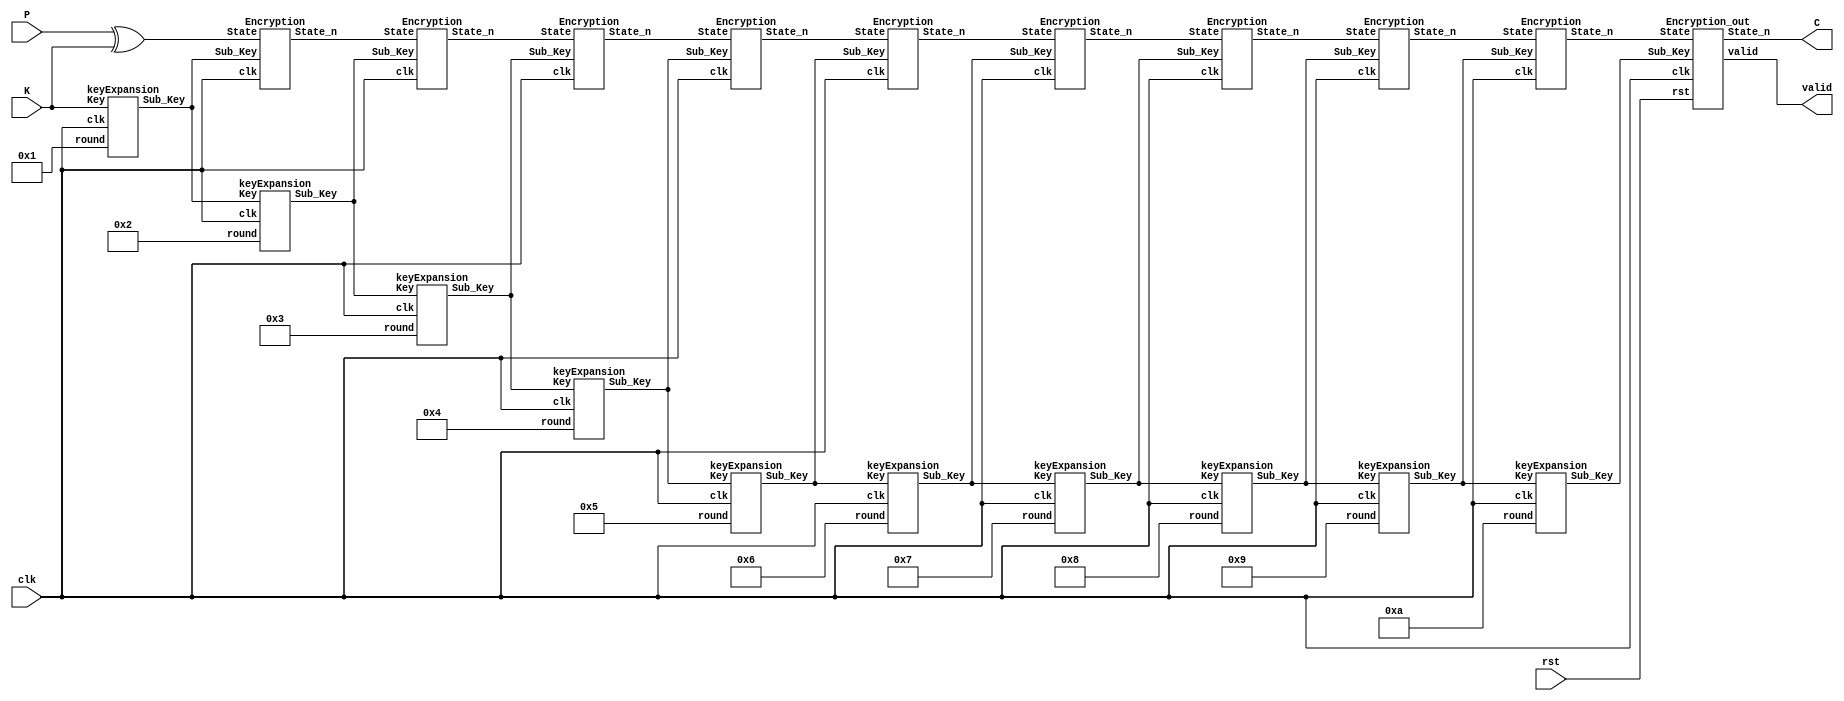
// 
// Designer: M16121093
//
module AES(
    input clk,
    input rst,
    input [127:0] P,
    input [127:0] K,
    output [127:0] C,
    output valid
    );

// ------------------------
// Parameters
// ------------------------

wire [127:0] Sub_Key [9:0];
wire [127:0] State [8:0];

// ------------------------
// calculation 
// ------------------------

keyExpansion K1(.clk(clk), .Key(K), .round(4'd1), .Sub_Key(Sub_Key[0]));
keyExpansion K2(.clk(clk), .Key(Sub_Key[0]), .round(4'd2), .Sub_Key(Sub_Key[1]));
keyExpansion K3(.clk(clk), .Key(Sub_Key[1]), .round(4'd3), .Sub_Key(Sub_Key[2]));
keyExpansion K4(.clk(clk), .Key(Sub_Key[2]), .round(4'd4), .Sub_Key(Sub_Key[3]));
keyExpansion K5(.clk(clk), .Key(Sub_Key[3]), .round(4'd5), .Sub_Key(Sub_Key[4]));
keyExpansion K6(.clk(clk), .Key(Sub_Key[4]), .round(4'd6), .Sub_Key(Sub_Key[5]));
keyExpansion K7(.clk(clk), .Key(Sub_Key[5]), .round(4'd7), .Sub_Key(Sub_Key[6]));
keyExpansion K8(.clk(clk), .Key(Sub_Key[6]), .round(4'd8), .Sub_Key(Sub_Key[7]));
keyExpansion K9(.clk(clk), .Key(Sub_Key[7]), .round(4'd9), .Sub_Key(Sub_Key[8]));
keyExpansion K10(.clk(clk), .Key(Sub_Key[8]), .round(4'd10), .Sub_Key(Sub_Key[9]));

Encryption E1(.clk(clk), .State(P^K), .Sub_Key(Sub_Key[0]), .State_n(State[0]));
Encryption E2(.clk(clk), .State(State[0]), .Sub_Key(Sub_Key[1]), .State_n(State[1]));
Encryption E3(.clk(clk), .State(State[1]), .Sub_Key(Sub_Key[2]), .State_n(State[2]));
Encryption E4(.clk(clk), .State(State[2]), .Sub_Key(Sub_Key[3]), .State_n(State[3]));
Encryption E5(.clk(clk), .State(State[3]), .Sub_Key(Sub_Key[4]), .State_n(State[4]));
Encryption E6(.clk(clk), .State(State[4]), .Sub_Key(Sub_Key[5]), .State_n(State[5]));
Encryption E7(.clk(clk), .State(State[5]), .Sub_Key(Sub_Key[6]), .State_n(State[6]));
Encryption E8(.clk(clk), .State(State[6]), .Sub_Key(Sub_Key[7]), .State_n(State[7]));
Encryption E9(.clk(clk), .State(State[7]), .Sub_Key(Sub_Key[8]), .State_n(State[8]));
Encryption_out E10(.clk(clk), .rst(rst), .State(State[8]), .Sub_Key(Sub_Key[9]), .State_n(C), .valid(valid));

endmodule

// ------------------------
// module
// ------------------------

module keyExpansion(
input clk,
input [127:0] Key,
input [3:0] round,
output reg [127:0] Sub_Key
);

// ------------------------
// Parameters
// ------------------------

//* 1. for loop int
integer i;

//* 2. storage
reg [31:0] W [0:7];
reg [0:31] rot;
reg [127:0] Key_q;

// ------------------------
// task or function
// ------------------------

function [7:0] sbox;
input [7:0] in;
begin
    case (in)
    8'h00: sbox=8'h63;
    8'h01: sbox=8'h7c;
    8'h02: sbox=8'h77;
    8'h03: sbox=8'h7b;
    8'h04: sbox=8'hf2;
    8'h05: sbox=8'h6b;
    8'h06: sbox=8'h6f;
    8'h07: sbox=8'hc5;
    8'h08: sbox=8'h30;
    8'h09: sbox=8'h01;
    8'h0a: sbox=8'h67;
    8'h0b: sbox=8'h2b;
    8'h0c: sbox=8'hfe;
    8'h0d: sbox=8'hd7;
    8'h0e: sbox=8'hab;
    8'h0f: sbox=8'h76;
    8'h10: sbox=8'hca;
    8'h11: sbox=8'h82;
    8'h12: sbox=8'hc9;
    8'h13: sbox=8'h7d;
    8'h14: sbox=8'hfa;
    8'h15: sbox=8'h59;
    8'h16: sbox=8'h47;
    8'h17: sbox=8'hf0;
    8'h18: sbox=8'had;
    8'h19: sbox=8'hd4;
    8'h1a: sbox=8'ha2;
    8'h1b: sbox=8'haf;
    8'h1c: sbox=8'h9c;
    8'h1d: sbox=8'ha4;
    8'h1e: sbox=8'h72;
    8'h1f: sbox=8'hc0;
    8'h20: sbox=8'hb7;
    8'h21: sbox=8'hfd;
    8'h22: sbox=8'h93;
    8'h23: sbox=8'h26;
    8'h24: sbox=8'h36;
    8'h25: sbox=8'h3f;
    8'h26: sbox=8'hf7;
    8'h27: sbox=8'hcc;
    8'h28: sbox=8'h34;
    8'h29: sbox=8'ha5;
    8'h2a: sbox=8'he5;
    8'h2b: sbox=8'hf1;
    8'h2c: sbox=8'h71;
    8'h2d: sbox=8'hd8;
    8'h2e: sbox=8'h31;
    8'h2f: sbox=8'h15;
    8'h30: sbox=8'h04;
    8'h31: sbox=8'hc7;
    8'h32: sbox=8'h23;
    8'h33: sbox=8'hc3;
    8'h34: sbox=8'h18;
    8'h35: sbox=8'h96;
    8'h36: sbox=8'h05;
    8'h37: sbox=8'h9a;
    8'h38: sbox=8'h07;
    8'h39: sbox=8'h12;
    8'h3a: sbox=8'h80;
    8'h3b: sbox=8'he2;
    8'h3c: sbox=8'heb;
    8'h3d: sbox=8'h27;
    8'h3e: sbox=8'hb2;
    8'h3f: sbox=8'h75;
    8'h40: sbox=8'h09;
    8'h41: sbox=8'h83;
    8'h42: sbox=8'h2c;
    8'h43: sbox=8'h1a;
    8'h44: sbox=8'h1b;
    8'h45: sbox=8'h6e;
    8'h46: sbox=8'h5a;
    8'h47: sbox=8'ha0;
    8'h48: sbox=8'h52;
    8'h49: sbox=8'h3b;
    8'h4a: sbox=8'hd6;
    8'h4b: sbox=8'hb3;
    8'h4c: sbox=8'h29;
    8'h4d: sbox=8'he3;
    8'h4e: sbox=8'h2f;
    8'h4f: sbox=8'h84;
    8'h50: sbox=8'h53;
    8'h51: sbox=8'hd1;
    8'h52: sbox=8'h00;
    8'h53: sbox=8'hed;
    8'h54: sbox=8'h20;
    8'h55: sbox=8'hfc;
    8'h56: sbox=8'hb1;
    8'h57: sbox=8'h5b;
    8'h58: sbox=8'h6a;
    8'h59: sbox=8'hcb;
    8'h5a: sbox=8'hbe;
    8'h5b: sbox=8'h39;
    8'h5c: sbox=8'h4a;
    8'h5d: sbox=8'h4c;
    8'h5e: sbox=8'h58;
    8'h5f: sbox=8'hcf;
    8'h60: sbox=8'hd0;
    8'h61: sbox=8'hef;
    8'h62: sbox=8'haa;
    8'h63: sbox=8'hfb;
    8'h64: sbox=8'h43;
    8'h65: sbox=8'h4d;
    8'h66: sbox=8'h33;
    8'h67: sbox=8'h85;
    8'h68: sbox=8'h45;
    8'h69: sbox=8'hf9;
    8'h6a: sbox=8'h02;
    8'h6b: sbox=8'h7f;
    8'h6c: sbox=8'h50;
    8'h6d: sbox=8'h3c;
    8'h6e: sbox=8'h9f;
    8'h6f: sbox=8'ha8;
    8'h70: sbox=8'h51;
    8'h71: sbox=8'ha3;
    8'h72: sbox=8'h40;
    8'h73: sbox=8'h8f;
    8'h74: sbox=8'h92;
    8'h75: sbox=8'h9d;
    8'h76: sbox=8'h38;
    8'h77: sbox=8'hf5;
    8'h78: sbox=8'hbc;
    8'h79: sbox=8'hb6;
    8'h7a: sbox=8'hda;
    8'h7b: sbox=8'h21;
    8'h7c: sbox=8'h10;
    8'h7d: sbox=8'hff;
    8'h7e: sbox=8'hf3;
    8'h7f: sbox=8'hd2;
    8'h80: sbox=8'hcd;
    8'h81: sbox=8'h0c;
    8'h82: sbox=8'h13;
    8'h83: sbox=8'hec;
    8'h84: sbox=8'h5f;
    8'h85: sbox=8'h97;
    8'h86: sbox=8'h44;
    8'h87: sbox=8'h17;
    8'h88: sbox=8'hc4;
    8'h89: sbox=8'ha7;
    8'h8a: sbox=8'h7e;
    8'h8b: sbox=8'h3d;
    8'h8c: sbox=8'h64;
    8'h8d: sbox=8'h5d;
    8'h8e: sbox=8'h19;
    8'h8f: sbox=8'h73;
    8'h90: sbox=8'h60;
    8'h91: sbox=8'h81;
    8'h92: sbox=8'h4f;
    8'h93: sbox=8'hdc;
    8'h94: sbox=8'h22;
    8'h95: sbox=8'h2a;
    8'h96: sbox=8'h90;
    8'h97: sbox=8'h88;
    8'h98: sbox=8'h46;
    8'h99: sbox=8'hee;
    8'h9a: sbox=8'hb8;
    8'h9b: sbox=8'h14;
    8'h9c: sbox=8'hde;
    8'h9d: sbox=8'h5e;
    8'h9e: sbox=8'h0b;
    8'h9f: sbox=8'hdb;
    8'ha0: sbox=8'he0;
    8'ha1: sbox=8'h32;
    8'ha2: sbox=8'h3a;
    8'ha3: sbox=8'h0a;
    8'ha4: sbox=8'h49;
    8'ha5: sbox=8'h06;
    8'ha6: sbox=8'h24;
    8'ha7: sbox=8'h5c;
    8'ha8: sbox=8'hc2;
    8'ha9: sbox=8'hd3;
    8'haa: sbox=8'hac;
    8'hab: sbox=8'h62;
    8'hac: sbox=8'h91;
    8'had: sbox=8'h95;
    8'hae: sbox=8'he4;
    8'haf: sbox=8'h79;
    8'hb0: sbox=8'he7;
    8'hb1: sbox=8'hc8;
    8'hb2: sbox=8'h37;
    8'hb3: sbox=8'h6d;
    8'hb4: sbox=8'h8d;
    8'hb5: sbox=8'hd5;
    8'hb6: sbox=8'h4e;
    8'hb7: sbox=8'ha9;
    8'hb8: sbox=8'h6c;
    8'hb9: sbox=8'h56;
    8'hba: sbox=8'hf4;
    8'hbb: sbox=8'hea;
    8'hbc: sbox=8'h65;
    8'hbd: sbox=8'h7a;
    8'hbe: sbox=8'hae;
    8'hbf: sbox=8'h08;
    8'hc0: sbox=8'hba;
    8'hc1: sbox=8'h78;
    8'hc2: sbox=8'h25;
    8'hc3: sbox=8'h2e;
    8'hc4: sbox=8'h1c;
    8'hc5: sbox=8'ha6;
    8'hc6: sbox=8'hb4;
    8'hc7: sbox=8'hc6;
    8'hc8: sbox=8'he8;
    8'hc9: sbox=8'hdd;
    8'hca: sbox=8'h74;
    8'hcb: sbox=8'h1f;
    8'hcc: sbox=8'h4b;
    8'hcd: sbox=8'hbd;
    8'hce: sbox=8'h8b;
    8'hcf: sbox=8'h8a;
    8'hd0: sbox=8'h70;
    8'hd1: sbox=8'h3e;
    8'hd2: sbox=8'hb5;
    8'hd3: sbox=8'h66;
    8'hd4: sbox=8'h48;
    8'hd5: sbox=8'h03;
    8'hd6: sbox=8'hf6;
    8'hd7: sbox=8'h0e;
    8'hd8: sbox=8'h61;
    8'hd9: sbox=8'h35;
    8'hda: sbox=8'h57;
    8'hdb: sbox=8'hb9;
    8'hdc: sbox=8'h86;
    8'hdd: sbox=8'hc1;
    8'hde: sbox=8'h1d;
    8'hdf: sbox=8'h9e;
    8'he0: sbox=8'he1;
    8'he1: sbox=8'hf8;
    8'he2: sbox=8'h98;
    8'he3: sbox=8'h11;
    8'he4: sbox=8'h69;
    8'he5: sbox=8'hd9;
    8'he6: sbox=8'h8e;
    8'he7: sbox=8'h94;
    8'he8: sbox=8'h9b;
    8'he9: sbox=8'h1e;
    8'hea: sbox=8'h87;
    8'heb: sbox=8'he9;
    8'hec: sbox=8'hce;
    8'hed: sbox=8'h55;
    8'hee: sbox=8'h28;
    8'hef: sbox=8'hdf;
    8'hf0: sbox=8'h8c;
    8'hf1: sbox=8'ha1;
    8'hf2: sbox=8'h89;
    8'hf3: sbox=8'h0d;
    8'hf4: sbox=8'hbf;
    8'hf5: sbox=8'he6;
    8'hf6: sbox=8'h42;
    8'hf7: sbox=8'h68;
    8'hf8: sbox=8'h41;
    8'hf9: sbox=8'h99;
    8'hfa: sbox=8'h2d;
    8'hfb: sbox=8'h0f;
    8'hfc: sbox=8'hb0;
    8'hfd: sbox=8'h54;
    8'hfe: sbox=8'hbb;
    8'hff: sbox=8'h16;
    endcase
end
endfunction

function [0:31] RotWord;
input [0:31] x;
begin
	RotWord={x[8:31],x[0:7]};
end
endfunction

function [0:31] SubWord;
input [0:31] x;
begin
    SubWord[0:7]=sbox(x[0:7]);
    SubWord[8:15]=sbox(x[8:15]);
    SubWord[16:23]=sbox(x[16:23]);
    SubWord[24:31]=sbox(x[24:31]);
end
endfunction

function[0:31] xor_Rcon;
input [0:31] x; 
begin
    case(x)
    4'h1: xor_Rcon=32'h01000000;
    4'h2: xor_Rcon=32'h02000000;
    4'h3: xor_Rcon=32'h04000000;
    4'h4: xor_Rcon=32'h08000000;
    4'h5: xor_Rcon=32'h10000000;
    4'h6: xor_Rcon=32'h20000000;
    4'h7: xor_Rcon=32'h40000000;
    4'h8: xor_Rcon=32'h80000000;
    4'h9: xor_Rcon=32'h1b000000;
    4'ha: xor_Rcon=32'h36000000;
    default: xor_Rcon=32'h00000000;
    endcase
end
endfunction

// ------------------------
// calculation 
// ------------------------

always @(negedge clk) begin
    Key_q <= Key;
end

always @(*) begin
    //* keyExpansion
    {W[0], W[1], W[2], W[3]} = Key_q;
    for(i=0;i<4;i=i+1) begin
        if (i == 0) begin
            rot = RotWord(W[3]);
            rot = SubWord(rot);
            W[4] = W[0] ^ rot ^ xor_Rcon(round);
        end
        else begin
            W[4+i] = W[i] ^ W[i+3]; // 1 | 4
        end
    end
    Sub_Key = {W[4], W[5], W[6], W[7]};
end

endmodule

// ------------------------

module Encryption( //* round 1-9
input clk,
input [127:0] State,
input [127:0] Sub_Key,
output reg [127:0] State_n
);

// ------------------------
// Parameters
// ------------------------

//* 1. for loop int
integer i;

//* 2. storage
/// Round
reg [127:0] after_SubBytes;
reg [127:0] after_ShiftRows;
reg [127:0] after_MixColumns;
reg [127:0] after_AddRoundKey;

reg [127:0] State_q;
reg [127:0] Sub_Key_q;

// ------------------------
// task or function
// ------------------------

function [7:0] sbox;
input [7:0] in;
begin
    case (in)
    8'h00: sbox=8'h63;
    8'h01: sbox=8'h7c;
    8'h02: sbox=8'h77;
    8'h03: sbox=8'h7b;
    8'h04: sbox=8'hf2;
    8'h05: sbox=8'h6b;
    8'h06: sbox=8'h6f;
    8'h07: sbox=8'hc5;
    8'h08: sbox=8'h30;
    8'h09: sbox=8'h01;
    8'h0a: sbox=8'h67;
    8'h0b: sbox=8'h2b;
    8'h0c: sbox=8'hfe;
    8'h0d: sbox=8'hd7;
    8'h0e: sbox=8'hab;
    8'h0f: sbox=8'h76;
    8'h10: sbox=8'hca;
    8'h11: sbox=8'h82;
    8'h12: sbox=8'hc9;
    8'h13: sbox=8'h7d;
    8'h14: sbox=8'hfa;
    8'h15: sbox=8'h59;
    8'h16: sbox=8'h47;
    8'h17: sbox=8'hf0;
    8'h18: sbox=8'had;
    8'h19: sbox=8'hd4;
    8'h1a: sbox=8'ha2;
    8'h1b: sbox=8'haf;
    8'h1c: sbox=8'h9c;
    8'h1d: sbox=8'ha4;
    8'h1e: sbox=8'h72;
    8'h1f: sbox=8'hc0;
    8'h20: sbox=8'hb7;
    8'h21: sbox=8'hfd;
    8'h22: sbox=8'h93;
    8'h23: sbox=8'h26;
    8'h24: sbox=8'h36;
    8'h25: sbox=8'h3f;
    8'h26: sbox=8'hf7;
    8'h27: sbox=8'hcc;
    8'h28: sbox=8'h34;
    8'h29: sbox=8'ha5;
    8'h2a: sbox=8'he5;
    8'h2b: sbox=8'hf1;
    8'h2c: sbox=8'h71;
    8'h2d: sbox=8'hd8;
    8'h2e: sbox=8'h31;
    8'h2f: sbox=8'h15;
    8'h30: sbox=8'h04;
    8'h31: sbox=8'hc7;
    8'h32: sbox=8'h23;
    8'h33: sbox=8'hc3;
    8'h34: sbox=8'h18;
    8'h35: sbox=8'h96;
    8'h36: sbox=8'h05;
    8'h37: sbox=8'h9a;
    8'h38: sbox=8'h07;
    8'h39: sbox=8'h12;
    8'h3a: sbox=8'h80;
    8'h3b: sbox=8'he2;
    8'h3c: sbox=8'heb;
    8'h3d: sbox=8'h27;
    8'h3e: sbox=8'hb2;
    8'h3f: sbox=8'h75;
    8'h40: sbox=8'h09;
    8'h41: sbox=8'h83;
    8'h42: sbox=8'h2c;
    8'h43: sbox=8'h1a;
    8'h44: sbox=8'h1b;
    8'h45: sbox=8'h6e;
    8'h46: sbox=8'h5a;
    8'h47: sbox=8'ha0;
    8'h48: sbox=8'h52;
    8'h49: sbox=8'h3b;
    8'h4a: sbox=8'hd6;
    8'h4b: sbox=8'hb3;
    8'h4c: sbox=8'h29;
    8'h4d: sbox=8'he3;
    8'h4e: sbox=8'h2f;
    8'h4f: sbox=8'h84;
    8'h50: sbox=8'h53;
    8'h51: sbox=8'hd1;
    8'h52: sbox=8'h00;
    8'h53: sbox=8'hed;
    8'h54: sbox=8'h20;
    8'h55: sbox=8'hfc;
    8'h56: sbox=8'hb1;
    8'h57: sbox=8'h5b;
    8'h58: sbox=8'h6a;
    8'h59: sbox=8'hcb;
    8'h5a: sbox=8'hbe;
    8'h5b: sbox=8'h39;
    8'h5c: sbox=8'h4a;
    8'h5d: sbox=8'h4c;
    8'h5e: sbox=8'h58;
    8'h5f: sbox=8'hcf;
    8'h60: sbox=8'hd0;
    8'h61: sbox=8'hef;
    8'h62: sbox=8'haa;
    8'h63: sbox=8'hfb;
    8'h64: sbox=8'h43;
    8'h65: sbox=8'h4d;
    8'h66: sbox=8'h33;
    8'h67: sbox=8'h85;
    8'h68: sbox=8'h45;
    8'h69: sbox=8'hf9;
    8'h6a: sbox=8'h02;
    8'h6b: sbox=8'h7f;
    8'h6c: sbox=8'h50;
    8'h6d: sbox=8'h3c;
    8'h6e: sbox=8'h9f;
    8'h6f: sbox=8'ha8;
    8'h70: sbox=8'h51;
    8'h71: sbox=8'ha3;
    8'h72: sbox=8'h40;
    8'h73: sbox=8'h8f;
    8'h74: sbox=8'h92;
    8'h75: sbox=8'h9d;
    8'h76: sbox=8'h38;
    8'h77: sbox=8'hf5;
    8'h78: sbox=8'hbc;
    8'h79: sbox=8'hb6;
    8'h7a: sbox=8'hda;
    8'h7b: sbox=8'h21;
    8'h7c: sbox=8'h10;
    8'h7d: sbox=8'hff;
    8'h7e: sbox=8'hf3;
    8'h7f: sbox=8'hd2;
    8'h80: sbox=8'hcd;
    8'h81: sbox=8'h0c;
    8'h82: sbox=8'h13;
    8'h83: sbox=8'hec;
    8'h84: sbox=8'h5f;
    8'h85: sbox=8'h97;
    8'h86: sbox=8'h44;
    8'h87: sbox=8'h17;
    8'h88: sbox=8'hc4;
    8'h89: sbox=8'ha7;
    8'h8a: sbox=8'h7e;
    8'h8b: sbox=8'h3d;
    8'h8c: sbox=8'h64;
    8'h8d: sbox=8'h5d;
    8'h8e: sbox=8'h19;
    8'h8f: sbox=8'h73;
    8'h90: sbox=8'h60;
    8'h91: sbox=8'h81;
    8'h92: sbox=8'h4f;
    8'h93: sbox=8'hdc;
    8'h94: sbox=8'h22;
    8'h95: sbox=8'h2a;
    8'h96: sbox=8'h90;
    8'h97: sbox=8'h88;
    8'h98: sbox=8'h46;
    8'h99: sbox=8'hee;
    8'h9a: sbox=8'hb8;
    8'h9b: sbox=8'h14;
    8'h9c: sbox=8'hde;
    8'h9d: sbox=8'h5e;
    8'h9e: sbox=8'h0b;
    8'h9f: sbox=8'hdb;
    8'ha0: sbox=8'he0;
    8'ha1: sbox=8'h32;
    8'ha2: sbox=8'h3a;
    8'ha3: sbox=8'h0a;
    8'ha4: sbox=8'h49;
    8'ha5: sbox=8'h06;
    8'ha6: sbox=8'h24;
    8'ha7: sbox=8'h5c;
    8'ha8: sbox=8'hc2;
    8'ha9: sbox=8'hd3;
    8'haa: sbox=8'hac;
    8'hab: sbox=8'h62;
    8'hac: sbox=8'h91;
    8'had: sbox=8'h95;
    8'hae: sbox=8'he4;
    8'haf: sbox=8'h79;
    8'hb0: sbox=8'he7;
    8'hb1: sbox=8'hc8;
    8'hb2: sbox=8'h37;
    8'hb3: sbox=8'h6d;
    8'hb4: sbox=8'h8d;
    8'hb5: sbox=8'hd5;
    8'hb6: sbox=8'h4e;
    8'hb7: sbox=8'ha9;
    8'hb8: sbox=8'h6c;
    8'hb9: sbox=8'h56;
    8'hba: sbox=8'hf4;
    8'hbb: sbox=8'hea;
    8'hbc: sbox=8'h65;
    8'hbd: sbox=8'h7a;
    8'hbe: sbox=8'hae;
    8'hbf: sbox=8'h08;
    8'hc0: sbox=8'hba;
    8'hc1: sbox=8'h78;
    8'hc2: sbox=8'h25;
    8'hc3: sbox=8'h2e;
    8'hc4: sbox=8'h1c;
    8'hc5: sbox=8'ha6;
    8'hc6: sbox=8'hb4;
    8'hc7: sbox=8'hc6;
    8'hc8: sbox=8'he8;
    8'hc9: sbox=8'hdd;
    8'hca: sbox=8'h74;
    8'hcb: sbox=8'h1f;
    8'hcc: sbox=8'h4b;
    8'hcd: sbox=8'hbd;
    8'hce: sbox=8'h8b;
    8'hcf: sbox=8'h8a;
    8'hd0: sbox=8'h70;
    8'hd1: sbox=8'h3e;
    8'hd2: sbox=8'hb5;
    8'hd3: sbox=8'h66;
    8'hd4: sbox=8'h48;
    8'hd5: sbox=8'h03;
    8'hd6: sbox=8'hf6;
    8'hd7: sbox=8'h0e;
    8'hd8: sbox=8'h61;
    8'hd9: sbox=8'h35;
    8'hda: sbox=8'h57;
    8'hdb: sbox=8'hb9;
    8'hdc: sbox=8'h86;
    8'hdd: sbox=8'hc1;
    8'hde: sbox=8'h1d;
    8'hdf: sbox=8'h9e;
    8'he0: sbox=8'he1;
    8'he1: sbox=8'hf8;
    8'he2: sbox=8'h98;
    8'he3: sbox=8'h11;
    8'he4: sbox=8'h69;
    8'he5: sbox=8'hd9;
    8'he6: sbox=8'h8e;
    8'he7: sbox=8'h94;
    8'he8: sbox=8'h9b;
    8'he9: sbox=8'h1e;
    8'hea: sbox=8'h87;
    8'heb: sbox=8'he9;
    8'hec: sbox=8'hce;
    8'hed: sbox=8'h55;
    8'hee: sbox=8'h28;
    8'hef: sbox=8'hdf;
    8'hf0: sbox=8'h8c;
    8'hf1: sbox=8'ha1;
    8'hf2: sbox=8'h89;
    8'hf3: sbox=8'h0d;
    8'hf4: sbox=8'hbf;
    8'hf5: sbox=8'he6;
    8'hf6: sbox=8'h42;
    8'hf7: sbox=8'h68;
    8'hf8: sbox=8'h41;
    8'hf9: sbox=8'h99;
    8'hfa: sbox=8'h2d;
    8'hfb: sbox=8'h0f;
    8'hfc: sbox=8'hb0;
    8'hfd: sbox=8'h54;
    8'hfe: sbox=8'hbb;
    8'hff: sbox=8'h16;
    endcase
end
endfunction

function [7:0] x2; //* multiply by 2
input [7:0] x;
begin 
    //! multiplication by 2 is shifting on bit to the left, and if the original 8 bits had a 1 @ MSB, xor the result with {1b}
    if(x[7] == 1) x2 = ((x << 1) ^ 8'h1b);
    else x2 = x << 1;
end 	
endfunction

function [7:0] x3; //* multiply by 3
input [7:0] x;
begin
    x3 = x2(x) ^ x;
end 
endfunction

// ------------------------
// calculation 
// ------------------------

always @(posedge clk) begin
    State_q <= State;
    Sub_Key_q <= Sub_Key;
end

always @(*) begin
    //* SubBytes
    for(i=0;i<128;i=i+8) begin
        after_SubBytes[i +:8] = sbox(State_q[i +:8]);
    end

    //* shiftRows
    // row = 0 : left shifted 0 offset
    after_ShiftRows[120+:8] = after_SubBytes[120+:8];
    after_ShiftRows[88+:8] = after_SubBytes[88+:8];
    after_ShiftRows[56+:8] = after_SubBytes[56+:8];
    after_ShiftRows[24+:8] = after_SubBytes[24+:8];

    // row = 1 : left shifted 1 offset
    after_ShiftRows[112+:8] = after_SubBytes[80+:8];
    after_ShiftRows[80+:8] = after_SubBytes[48+:8];
    after_ShiftRows[48+:8] = after_SubBytes[16+:8];
    after_ShiftRows[16+:8] = after_SubBytes[112+:8];
        
    // row = 2 : left shifted 2 offset
    after_ShiftRows[104+:8] = after_SubBytes[40+:8];
    after_ShiftRows[72+:8] = after_SubBytes[8+:8];
    after_ShiftRows[40+:8] = after_SubBytes[104+:8];
    after_ShiftRows[8+:8] = after_SubBytes[72+:8];
        
    // row = 3 : left shifted 3 offset
    after_ShiftRows[96+:8] = after_SubBytes[0+:8];
    after_ShiftRows[64+:8] = after_SubBytes[96+:8];
    after_ShiftRows[32+:8] = after_SubBytes[64+:8];
    after_ShiftRows[0+:8] = after_SubBytes[32+:8];

    //* MixColumns
    for(i=0;i<4;i=i+1) begin
        after_MixColumns[(i*32 + 24)+:8] = x2(after_ShiftRows[(i*32 + 24)+:8]) ^ x3(after_ShiftRows[(i*32 + 16)+:8]) ^ after_ShiftRows[(i*32 + 8)+:8] ^ after_ShiftRows[i*32+:8];
        after_MixColumns[(i*32 + 16)+:8] = after_ShiftRows[(i*32 + 24)+:8] ^ x2(after_ShiftRows[(i*32 + 16)+:8]) ^ x3(after_ShiftRows[(i*32 + 8)+:8]) ^ after_ShiftRows[i*32+:8];
        after_MixColumns[(i*32 + 8)+:8] = after_ShiftRows[(i*32 + 24)+:8] ^ after_ShiftRows[(i*32 + 16)+:8] ^ x2(after_ShiftRows[(i*32 + 8)+:8]) ^ x3(after_ShiftRows[i*32+:8]);
        after_MixColumns[i*32+:8] = x3(after_ShiftRows[(i*32 + 24)+:8]) ^ after_ShiftRows[(i*32 + 16)+:8] ^ after_ShiftRows[(i*32 + 8)+:8] ^ x2(after_ShiftRows[i*32+:8]);
    end

    //* AddRoundKey
    State_n = after_MixColumns ^ Sub_Key_q;
end

endmodule

// ------------------------

module Encryption_out(
input clk,
input rst,
input [127:0] State,
input [127:0] Sub_Key,
output reg [127:0] State_n,
output reg valid
);

// ------------------------
// Parameters
// ------------------------

//* 1. for loop int
integer r, i, vaild_cnt;

//* 2. storage
/// Round
reg [127:0] after_SubBytes;
reg [127:0] after_ShiftRows;
reg [127:0] after_AddRoundKey;

reg [127:0] State_q;
reg [127:0] Sub_Key_q;

// ------------------------
// task or function
// ------------------------

function [7:0] sbox;
input [7:0] in;
begin
    case (in)
    8'h00: sbox=8'h63;
    8'h01: sbox=8'h7c;
    8'h02: sbox=8'h77;
    8'h03: sbox=8'h7b;
    8'h04: sbox=8'hf2;
    8'h05: sbox=8'h6b;
    8'h06: sbox=8'h6f;
    8'h07: sbox=8'hc5;
    8'h08: sbox=8'h30;
    8'h09: sbox=8'h01;
    8'h0a: sbox=8'h67;
    8'h0b: sbox=8'h2b;
    8'h0c: sbox=8'hfe;
    8'h0d: sbox=8'hd7;
    8'h0e: sbox=8'hab;
    8'h0f: sbox=8'h76;
    8'h10: sbox=8'hca;
    8'h11: sbox=8'h82;
    8'h12: sbox=8'hc9;
    8'h13: sbox=8'h7d;
    8'h14: sbox=8'hfa;
    8'h15: sbox=8'h59;
    8'h16: sbox=8'h47;
    8'h17: sbox=8'hf0;
    8'h18: sbox=8'had;
    8'h19: sbox=8'hd4;
    8'h1a: sbox=8'ha2;
    8'h1b: sbox=8'haf;
    8'h1c: sbox=8'h9c;
    8'h1d: sbox=8'ha4;
    8'h1e: sbox=8'h72;
    8'h1f: sbox=8'hc0;
    8'h20: sbox=8'hb7;
    8'h21: sbox=8'hfd;
    8'h22: sbox=8'h93;
    8'h23: sbox=8'h26;
    8'h24: sbox=8'h36;
    8'h25: sbox=8'h3f;
    8'h26: sbox=8'hf7;
    8'h27: sbox=8'hcc;
    8'h28: sbox=8'h34;
    8'h29: sbox=8'ha5;
    8'h2a: sbox=8'he5;
    8'h2b: sbox=8'hf1;
    8'h2c: sbox=8'h71;
    8'h2d: sbox=8'hd8;
    8'h2e: sbox=8'h31;
    8'h2f: sbox=8'h15;
    8'h30: sbox=8'h04;
    8'h31: sbox=8'hc7;
    8'h32: sbox=8'h23;
    8'h33: sbox=8'hc3;
    8'h34: sbox=8'h18;
    8'h35: sbox=8'h96;
    8'h36: sbox=8'h05;
    8'h37: sbox=8'h9a;
    8'h38: sbox=8'h07;
    8'h39: sbox=8'h12;
    8'h3a: sbox=8'h80;
    8'h3b: sbox=8'he2;
    8'h3c: sbox=8'heb;
    8'h3d: sbox=8'h27;
    8'h3e: sbox=8'hb2;
    8'h3f: sbox=8'h75;
    8'h40: sbox=8'h09;
    8'h41: sbox=8'h83;
    8'h42: sbox=8'h2c;
    8'h43: sbox=8'h1a;
    8'h44: sbox=8'h1b;
    8'h45: sbox=8'h6e;
    8'h46: sbox=8'h5a;
    8'h47: sbox=8'ha0;
    8'h48: sbox=8'h52;
    8'h49: sbox=8'h3b;
    8'h4a: sbox=8'hd6;
    8'h4b: sbox=8'hb3;
    8'h4c: sbox=8'h29;
    8'h4d: sbox=8'he3;
    8'h4e: sbox=8'h2f;
    8'h4f: sbox=8'h84;
    8'h50: sbox=8'h53;
    8'h51: sbox=8'hd1;
    8'h52: sbox=8'h00;
    8'h53: sbox=8'hed;
    8'h54: sbox=8'h20;
    8'h55: sbox=8'hfc;
    8'h56: sbox=8'hb1;
    8'h57: sbox=8'h5b;
    8'h58: sbox=8'h6a;
    8'h59: sbox=8'hcb;
    8'h5a: sbox=8'hbe;
    8'h5b: sbox=8'h39;
    8'h5c: sbox=8'h4a;
    8'h5d: sbox=8'h4c;
    8'h5e: sbox=8'h58;
    8'h5f: sbox=8'hcf;
    8'h60: sbox=8'hd0;
    8'h61: sbox=8'hef;
    8'h62: sbox=8'haa;
    8'h63: sbox=8'hfb;
    8'h64: sbox=8'h43;
    8'h65: sbox=8'h4d;
    8'h66: sbox=8'h33;
    8'h67: sbox=8'h85;
    8'h68: sbox=8'h45;
    8'h69: sbox=8'hf9;
    8'h6a: sbox=8'h02;
    8'h6b: sbox=8'h7f;
    8'h6c: sbox=8'h50;
    8'h6d: sbox=8'h3c;
    8'h6e: sbox=8'h9f;
    8'h6f: sbox=8'ha8;
    8'h70: sbox=8'h51;
    8'h71: sbox=8'ha3;
    8'h72: sbox=8'h40;
    8'h73: sbox=8'h8f;
    8'h74: sbox=8'h92;
    8'h75: sbox=8'h9d;
    8'h76: sbox=8'h38;
    8'h77: sbox=8'hf5;
    8'h78: sbox=8'hbc;
    8'h79: sbox=8'hb6;
    8'h7a: sbox=8'hda;
    8'h7b: sbox=8'h21;
    8'h7c: sbox=8'h10;
    8'h7d: sbox=8'hff;
    8'h7e: sbox=8'hf3;
    8'h7f: sbox=8'hd2;
    8'h80: sbox=8'hcd;
    8'h81: sbox=8'h0c;
    8'h82: sbox=8'h13;
    8'h83: sbox=8'hec;
    8'h84: sbox=8'h5f;
    8'h85: sbox=8'h97;
    8'h86: sbox=8'h44;
    8'h87: sbox=8'h17;
    8'h88: sbox=8'hc4;
    8'h89: sbox=8'ha7;
    8'h8a: sbox=8'h7e;
    8'h8b: sbox=8'h3d;
    8'h8c: sbox=8'h64;
    8'h8d: sbox=8'h5d;
    8'h8e: sbox=8'h19;
    8'h8f: sbox=8'h73;
    8'h90: sbox=8'h60;
    8'h91: sbox=8'h81;
    8'h92: sbox=8'h4f;
    8'h93: sbox=8'hdc;
    8'h94: sbox=8'h22;
    8'h95: sbox=8'h2a;
    8'h96: sbox=8'h90;
    8'h97: sbox=8'h88;
    8'h98: sbox=8'h46;
    8'h99: sbox=8'hee;
    8'h9a: sbox=8'hb8;
    8'h9b: sbox=8'h14;
    8'h9c: sbox=8'hde;
    8'h9d: sbox=8'h5e;
    8'h9e: sbox=8'h0b;
    8'h9f: sbox=8'hdb;
    8'ha0: sbox=8'he0;
    8'ha1: sbox=8'h32;
    8'ha2: sbox=8'h3a;
    8'ha3: sbox=8'h0a;
    8'ha4: sbox=8'h49;
    8'ha5: sbox=8'h06;
    8'ha6: sbox=8'h24;
    8'ha7: sbox=8'h5c;
    8'ha8: sbox=8'hc2;
    8'ha9: sbox=8'hd3;
    8'haa: sbox=8'hac;
    8'hab: sbox=8'h62;
    8'hac: sbox=8'h91;
    8'had: sbox=8'h95;
    8'hae: sbox=8'he4;
    8'haf: sbox=8'h79;
    8'hb0: sbox=8'he7;
    8'hb1: sbox=8'hc8;
    8'hb2: sbox=8'h37;
    8'hb3: sbox=8'h6d;
    8'hb4: sbox=8'h8d;
    8'hb5: sbox=8'hd5;
    8'hb6: sbox=8'h4e;
    8'hb7: sbox=8'ha9;
    8'hb8: sbox=8'h6c;
    8'hb9: sbox=8'h56;
    8'hba: sbox=8'hf4;
    8'hbb: sbox=8'hea;
    8'hbc: sbox=8'h65;
    8'hbd: sbox=8'h7a;
    8'hbe: sbox=8'hae;
    8'hbf: sbox=8'h08;
    8'hc0: sbox=8'hba;
    8'hc1: sbox=8'h78;
    8'hc2: sbox=8'h25;
    8'hc3: sbox=8'h2e;
    8'hc4: sbox=8'h1c;
    8'hc5: sbox=8'ha6;
    8'hc6: sbox=8'hb4;
    8'hc7: sbox=8'hc6;
    8'hc8: sbox=8'he8;
    8'hc9: sbox=8'hdd;
    8'hca: sbox=8'h74;
    8'hcb: sbox=8'h1f;
    8'hcc: sbox=8'h4b;
    8'hcd: sbox=8'hbd;
    8'hce: sbox=8'h8b;
    8'hcf: sbox=8'h8a;
    8'hd0: sbox=8'h70;
    8'hd1: sbox=8'h3e;
    8'hd2: sbox=8'hb5;
    8'hd3: sbox=8'h66;
    8'hd4: sbox=8'h48;
    8'hd5: sbox=8'h03;
    8'hd6: sbox=8'hf6;
    8'hd7: sbox=8'h0e;
    8'hd8: sbox=8'h61;
    8'hd9: sbox=8'h35;
    8'hda: sbox=8'h57;
    8'hdb: sbox=8'hb9;
    8'hdc: sbox=8'h86;
    8'hdd: sbox=8'hc1;
    8'hde: sbox=8'h1d;
    8'hdf: sbox=8'h9e;
    8'he0: sbox=8'he1;
    8'he1: sbox=8'hf8;
    8'he2: sbox=8'h98;
    8'he3: sbox=8'h11;
    8'he4: sbox=8'h69;
    8'he5: sbox=8'hd9;
    8'he6: sbox=8'h8e;
    8'he7: sbox=8'h94;
    8'he8: sbox=8'h9b;
    8'he9: sbox=8'h1e;
    8'hea: sbox=8'h87;
    8'heb: sbox=8'he9;
    8'hec: sbox=8'hce;
    8'hed: sbox=8'h55;
    8'hee: sbox=8'h28;
    8'hef: sbox=8'hdf;
    8'hf0: sbox=8'h8c;
    8'hf1: sbox=8'ha1;
    8'hf2: sbox=8'h89;
    8'hf3: sbox=8'h0d;
    8'hf4: sbox=8'hbf;
    8'hf5: sbox=8'he6;
    8'hf6: sbox=8'h42;
    8'hf7: sbox=8'h68;
    8'hf8: sbox=8'h41;
    8'hf9: sbox=8'h99;
    8'hfa: sbox=8'h2d;
    8'hfb: sbox=8'h0f;
    8'hfc: sbox=8'hb0;
    8'hfd: sbox=8'h54;
    8'hfe: sbox=8'hbb;
    8'hff: sbox=8'h16;
    endcase
end
endfunction

function [7:0] x2; //* multiply by 2
input [7:0] x;
begin 
    //! multiplication by 2 is shifting on bit to the left, and if the original 8 bits had a 1 @ MSB, xor the result with {1b}
    if(x[7] == 1) x2 = ((x << 1) ^ 8'h1b);
    else x2 = x << 1;
end 	
endfunction

function [7:0] x3; //* multiply by 3
input [7:0] x;
begin
    x3 = x2(x) ^ x;
end 
endfunction

// ------------------------
// calculation 
// ------------------------

always @(posedge clk) begin
    State_q <= State;
    Sub_Key_q <= Sub_Key;
end

always @(posedge clk) begin
    if(rst) begin
        vaild_cnt = 0;
        valid = 0;
    end
    else begin
        vaild_cnt = vaild_cnt+1;
        
        if(vaild_cnt < 11) valid = 0;
        else valid = 1;
    end
end

always @(*) begin
    // valid = 0;

    //* SubBytes
    for(i=0;i<128;i=i+8) begin
        after_SubBytes[i +:8] = sbox(State_q[i +:8]);
    end

    //* shiftRows
    // row = 0 : left shifted 0 offset
    after_ShiftRows[120+:8] = after_SubBytes[120+:8];
    after_ShiftRows[88+:8] = after_SubBytes[88+:8];
    after_ShiftRows[56+:8] = after_SubBytes[56+:8];
    after_ShiftRows[24+:8] = after_SubBytes[24+:8];

    // row = 1 : left shifted 1 offset
    after_ShiftRows[112+:8] = after_SubBytes[80+:8];
    after_ShiftRows[80+:8] = after_SubBytes[48+:8];
    after_ShiftRows[48+:8] = after_SubBytes[16+:8];
    after_ShiftRows[16+:8] = after_SubBytes[112+:8];
        
    // row = 2 : left shifted 2 offset
    after_ShiftRows[104+:8] = after_SubBytes[40+:8];
    after_ShiftRows[72+:8] = after_SubBytes[8+:8];
    after_ShiftRows[40+:8] = after_SubBytes[104+:8];
    after_ShiftRows[8+:8] = after_SubBytes[72+:8];
        
    // row = 3 : left shifted 3 offset
    after_ShiftRows[96+:8] = after_SubBytes[0+:8];
    after_ShiftRows[64+:8] = after_SubBytes[96+:8];
    after_ShiftRows[32+:8] = after_SubBytes[64+:8];
    after_ShiftRows[0+:8] = after_SubBytes[32+:8];

    //* AddRoundKey
    State_n = after_ShiftRows ^ Sub_Key_q;

    // valid = 1;
end

endmodule